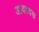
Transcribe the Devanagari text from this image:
अावश्यक